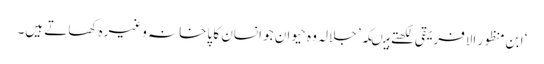
‘ابنِ منظور الافریقی لکھتے ہیںکہ’ جلالہ وہ حیوان جو انسان کا پاخانہ وغیرہ کھاتے ہیں۔